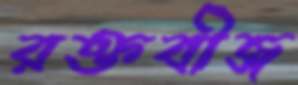
রক্তবীজ